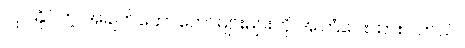
လုပ်နိုင်တဲ့ အချက်တော်တော်များများကို အကြံပေးထားပါတယ်။